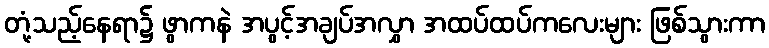
တုံ့သည့်နေရာ၌ ဖွာကနဲ အပွင့်အချပ်အလွှာ အထပ်ထပ်ကလေးများ ဖြစ်သွားကာ